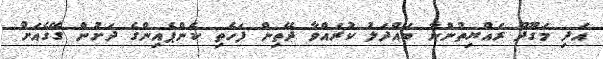
އަދި މަގޫދޫ ރައްޔިތުންނާ ބައްދަލު ކުރައްވާ ދޭތިން ފަހެތި ކެންޕެއިންގެ ދަށުން ގޭގެއަށް